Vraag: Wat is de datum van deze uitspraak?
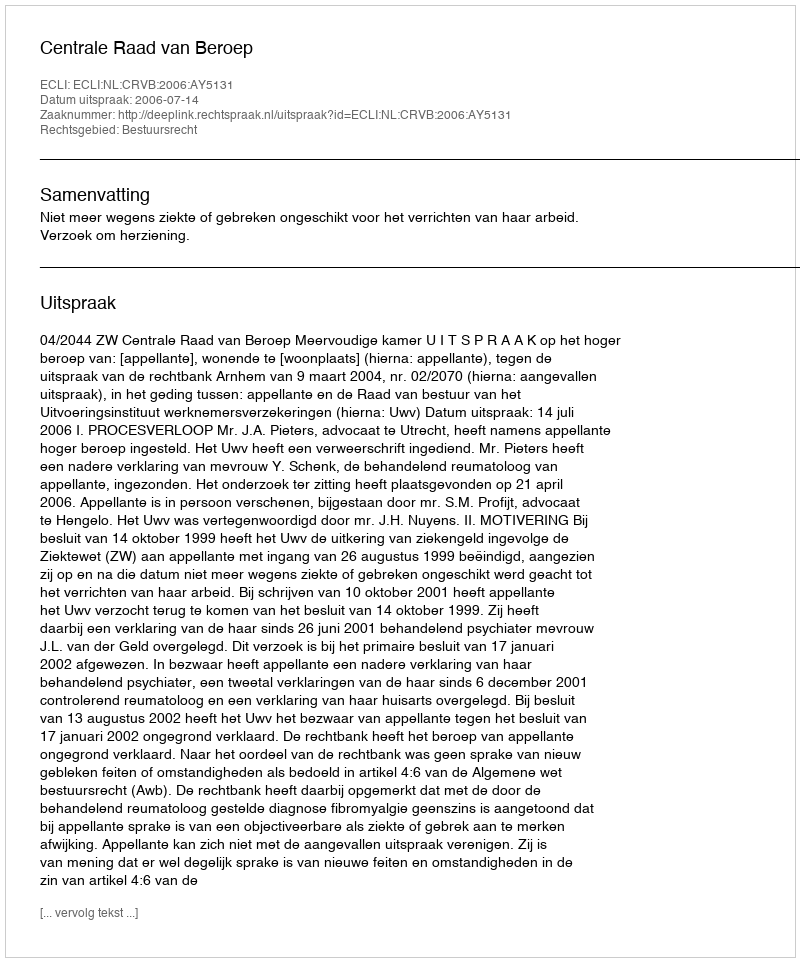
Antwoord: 2006-07-14